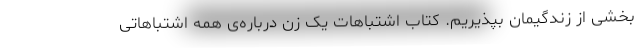
بخشی از زندگیمان بپذیریم. کتاب اشتباهات یک زن درباره‌ی همه اشتباهاتی